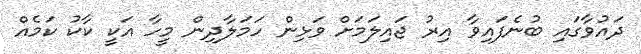
ދައުވާގައި ބުނެފައިވާ އިރު ޖައިލަމަށް ވަޅިން ހަމަލާދިން މީހާ އަކީ ކާކު ކަމެއް